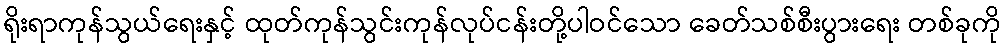
ရိုးရာကုန်သွယ်ရေးနှင့် ထုတ်ကုန်သွင်းကုန်လုပ်ငန်းတို့ပါဝင်သော ခေတ်သစ်စီးပွားရေး တစ်ခုကို